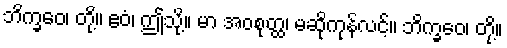
ဘိက္ခဝေ၊ တို့။ ဧဝံ၊ ဤသို့။ မာ အဝစုတ္ထ၊ မဆိုကုန်လင့်။ ဘိက္ခဝေ၊ တို့။